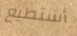
أستطيع